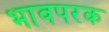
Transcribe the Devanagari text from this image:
भावपरक